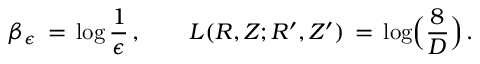
\beta _ { \epsilon } \, = \, \log \frac { 1 } { \epsilon } \, , \qquad L ( R , Z ; R ^ { \prime } , Z ^ { \prime } ) \, = \, \log \Bigl ( \frac { 8 } { D } \Bigr ) \, .